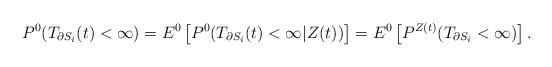
LaTeX: \begin{align*} P^0(T_{\partial S_i}(t)<\infty)= E^0 \left[P^0(T_{\partial S_i}(t)<\infty|Z(t))\right]=E^0\left[P^{Z(t)}(T_{\partial S_i}<\infty)\right].\end{align*}